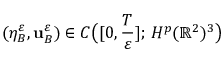
( \eta _ { B } ^ { \varepsilon } , \mathbf { u } _ { B } ^ { \varepsilon } ) \in C \big ( [ 0 , \frac { T } { \varepsilon } ] ; \, H ^ { p } ( \mathbb { R } ^ { 2 } ) ^ { 3 } \big )